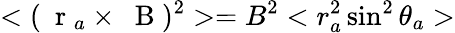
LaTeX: <(\mathrm{~\mathbf~r~}_{a}\times\mathrm{~\mathbf~B~})^{2}>=B^{2}<r_{a}^{2}\sin^{2}\theta_{a}>